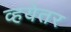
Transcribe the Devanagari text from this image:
व्हयेतर